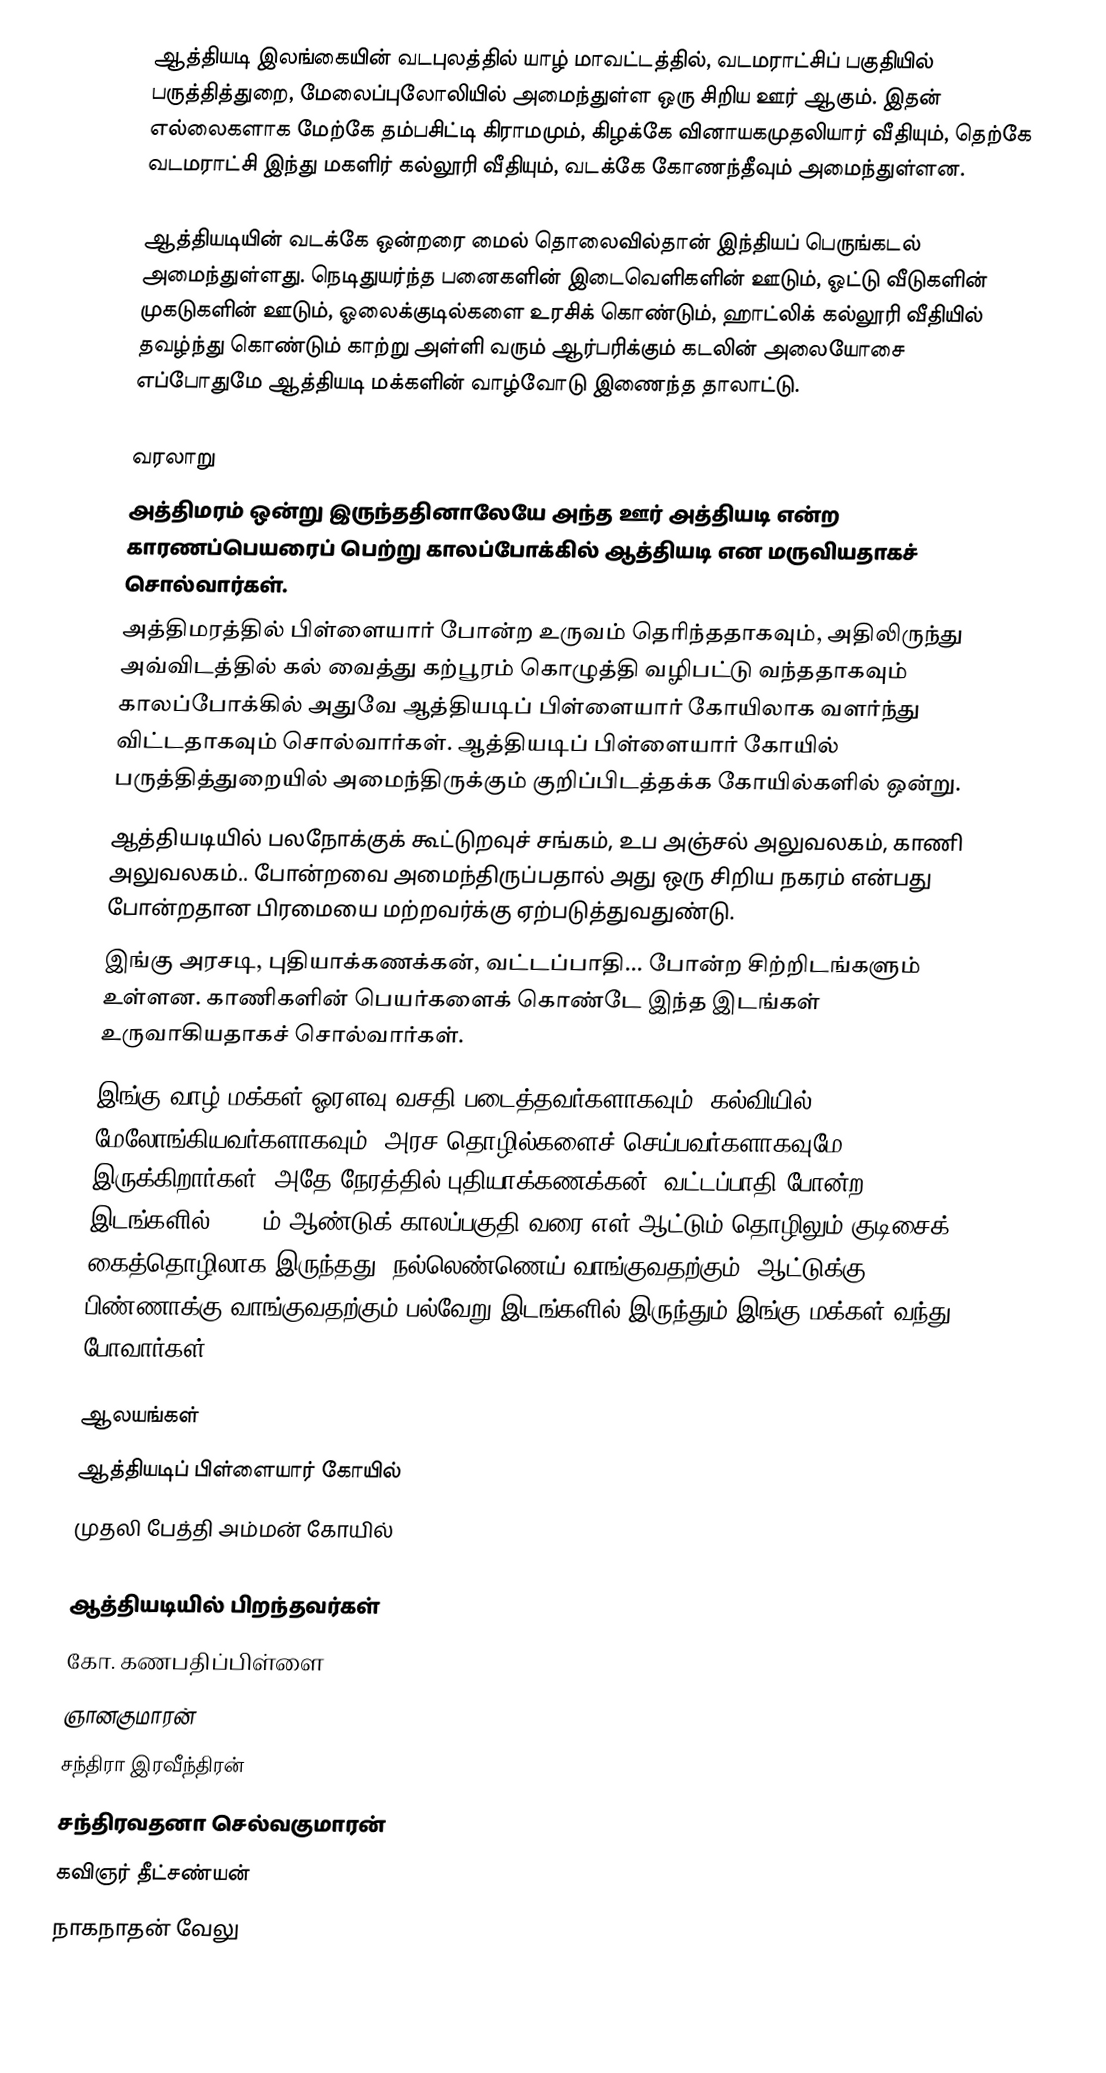
ஆத்தியடி இலங்கையின் வடபுலத்தில் யாழ் மாவட்டத்தில், வடமராட்சிப் பகுதியில் பருத்தித்துறை, மேலைப்புலோலியில் அமைந்துள்ள ஒரு சிறிய ஊர் ஆகும். இதன் எல்லைகளாக மேற்கே தம்பசிட்டி கிராமமும், கிழக்கே வினாயகமுதலியார் வீதியும், தெற்கே வடமராட்சி இந்து மகளிர் கல்லூரி வீதியும், வடக்கே கோணந்தீவும் அமைந்துள்ளன.

ஆத்தியடியின் வடக்கே ஒன்றரை மைல் தொலைவில்தான் இந்தியப் பெருங்கடல் அமைந்துள்ளது. நெடிதுயர்ந்த பனைகளின் இடைவெளிகளின் ஊடும், ஓட்டு வீடுகளின் முகடுகளின் ஊடும், ஓலைக்குடில்களை உரசிக் கொண்டும், ஹாட்லிக் கல்லூரி வீதியில் தவழ்ந்து கொண்டும் காற்று அள்ளி வரும் ஆர்பரிக்கும் கடலின் அலையோசை எப்போதுமே ஆத்தியடி மக்களின் வாழ்வோடு இணைந்த தாலாட்டு.

வரலாறு
 அத்திமரம் ஒன்று இருந்ததினாலேயே அந்த ஊர் அத்தியடி என்ற காரணப்பெயரைப் பெற்று காலப்போக்கில் ஆத்தியடி என மருவியதாகச் சொல்வார்கள்.
 அத்திமரத்தில் பிள்ளையார் போன்ற உருவம் தெரிந்ததாகவும், அதிலிருந்து அவ்விடத்தில் கல் வைத்து கற்பூரம் கொழுத்தி வழிபட்டு வந்ததாகவும் காலப்போக்கில் அதுவே ஆத்தியடிப் பிள்ளையார் கோயிலாக வளர்ந்து விட்டதாகவும் சொல்வார்கள்.  ஆத்தியடிப் பிள்ளையார் கோயில் பருத்தித்துறையில் அமைந்திருக்கும் குறிப்பிடத்தக்க கோயில்களில் ஒன்று.
 ஆத்தியடியில் பலநோக்குக் கூட்டுறவுச் சங்கம், உப அஞ்சல் அலுவலகம், காணி அலுவலகம்.. போன்றவை அமைந்திருப்பதால் அது ஒரு சிறிய நகரம் என்பது போன்றதான பிரமையை மற்றவர்க்கு ஏற்படுத்துவதுண்டு.
 இங்கு அரசடி, புதியாக்கணக்கன், வட்டப்பாதி... போன்ற சிற்றிடங்களும் உள்ளன. காணிகளின் பெயர்களைக் கொண்டே இந்த இடங்கள் உருவாகியதாகச் சொல்வார்கள்.
 இங்கு வாழ் மக்கள் ஓரளவு வசதி படைத்தவர்களாகவும், கல்வியில் மேலோங்கியவர்களாகவும், அரச தொழில்களைச் செய்பவர்களாகவுமே இருக்கிறார்கள். அதே நேரத்தில் புதியாக்கணக்கன், வட்டப்பாதி போன்ற இடங்களில் 1980 ம் ஆண்டுக் காலப்பகுதி வரை எள் ஆட்டும் தொழிலும்  குடிசைக் கைத்தொழிலாக இருந்தது. நல்லெண்ணெய் வாங்குவதற்கும், ஆட்டுக்கு பிண்ணாக்கு வாங்குவதற்கும் பல்வேறு இடங்களில் இருந்தும் இங்கு மக்கள் வந்து போவார்கள்.

ஆலயங்கள்
 ஆத்தியடிப் பிள்ளையார் கோயில்
 முதலி பேத்தி அம்மன் கோயில்

ஆத்தியடியில் பிறந்தவர்கள்
 கோ. கணபதிப்பிள்ளை
 ஞானகுமாரன்
 சந்திரா இரவீந்திரன்
 சந்திரவதனா செல்வகுமாரன்
 கவிஞர் தீட்சண்யன்
 நாகநாதன் வேலு